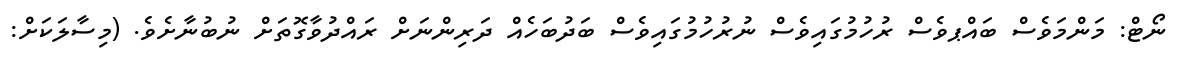
ނޯޓް: މަންމަވެސް ބައްޕވެސް ރުހުމުގައިވެސް ނުރުހުމުގައިވެސް ބަދުބަހެއް ދަރިންނަށް ރައްދުވާގޮތަށް ނުބުނާށެވެ. (މިސާލަކަށް: